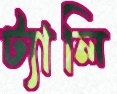
ট্যালি